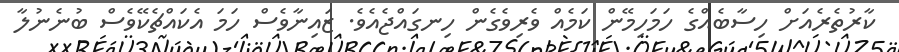
ކާރުތެރެއަށް ހިސާބެއްގެ ހަމަހިމޭން ކަމެއް ވެރިވެގެން ހިނގައްޖެއެވެ. ޒައިނާވެސް ހަމަ އެކައްޗެކޭވެސް ބުނެނުލާ